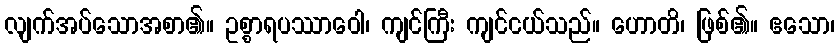
လျက်အပ်သောအစာ၏။ ဥစ္စာရပဿာဝေါ၊ ကျင်ကြီး ကျင်ငယ်သည်။ ဟောတိ၊ ဖြစ်၏။ ဧသော၊